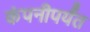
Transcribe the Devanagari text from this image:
कंपनीपर्यंत